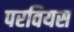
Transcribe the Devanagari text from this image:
परवियस